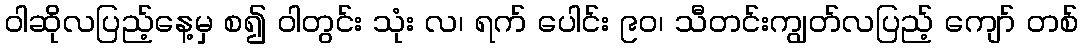
ဝါဆိုလပြည့်နေ့မှ စ၍ ဝါတွင်း သုံး လ၊ ရက် ပေါင်း ၉၀၊ သီတင်းကျွတ်လပြည့် ကျော် တစ်